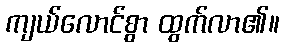
ကျယ်လောင်စွာ ထွက်လာ၏။